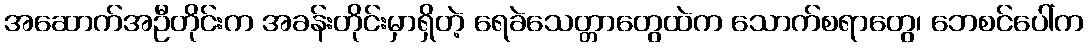
အဆောက်အဦတိုင်းက အခန်းတိုင်းမှာရှိတဲ့ ရေခဲသေတ္တာတွေထဲက သောက်စရာတွေ၊ ဘေစင်ပေါ်က